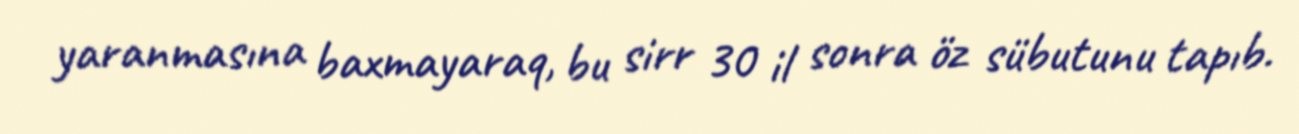
yaranmasına baxmayaraq, bu sirr 30 il sonra öz sübutunu tapıb.